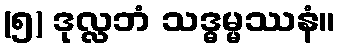
(၅) ဒုလ္လဘံ သဒ္ဓမ္မဿနံ။